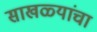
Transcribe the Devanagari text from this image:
साखळ्यांचा